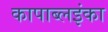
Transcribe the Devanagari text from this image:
कापाब्लइंका